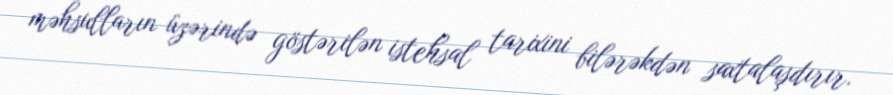
məhsulların üzərində göstərilən istehsal tarixini bilərəkdən saxtalaşdırır.